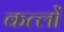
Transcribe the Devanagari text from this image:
कत्लों